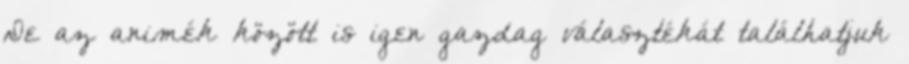
De az animék között is igen gazdag választékát találhatjuk